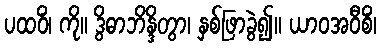
ပထဝိံ၊ ကို။ ဒွိဓာဘိန္ဒိတွာ၊ နှစ်ဖြာခွဲ၍။ ယာဝအဝီစိံ၊